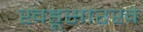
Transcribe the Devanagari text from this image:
खडूसारखे